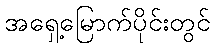
အရှေ့မြောက်ပိုင်းတွင်